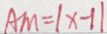
A M = \vert x - 1 \vert